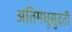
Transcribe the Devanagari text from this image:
अतिमधुसुदती